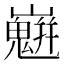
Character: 𡾛